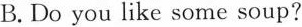
B.Do you like some soup?